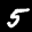
Label: 5